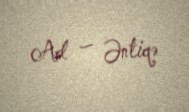
Ad — Əntiqə